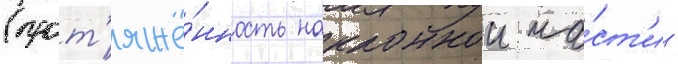
(прот'яжё́нность наклоннои ча́ст'и -